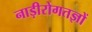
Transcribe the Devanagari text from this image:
नाड़ीरोगतज्ञों